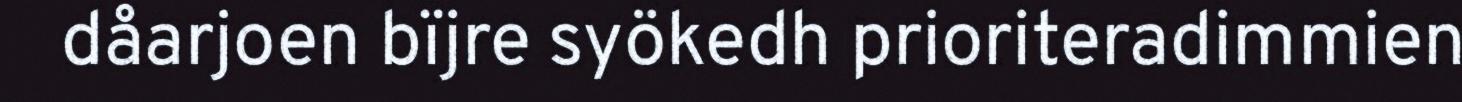
dåarjoen bïjre syökedh prioriteradimmien